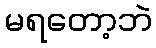
မရတော့ဘဲ